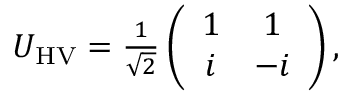
\begin{array} { r } { U _ { \mathrm { H V } } = \frac { 1 } { \sqrt { 2 } } \left( \begin{array} { c c } { 1 } & { 1 } \\ { i } & { - i } \end{array} \right) , } \end{array}